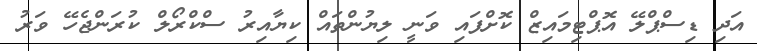
އަދި ޑިސްޕްލޭ އޮޕްޓިމައިޒް ކޮށްފައި ވަނީ ލިޔުންތައް ކިޔާއިރު ސްކްރޯލް ކުރަންޖެހޭ ވަރު